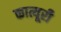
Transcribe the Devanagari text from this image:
कात्यूरी